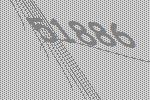
51886